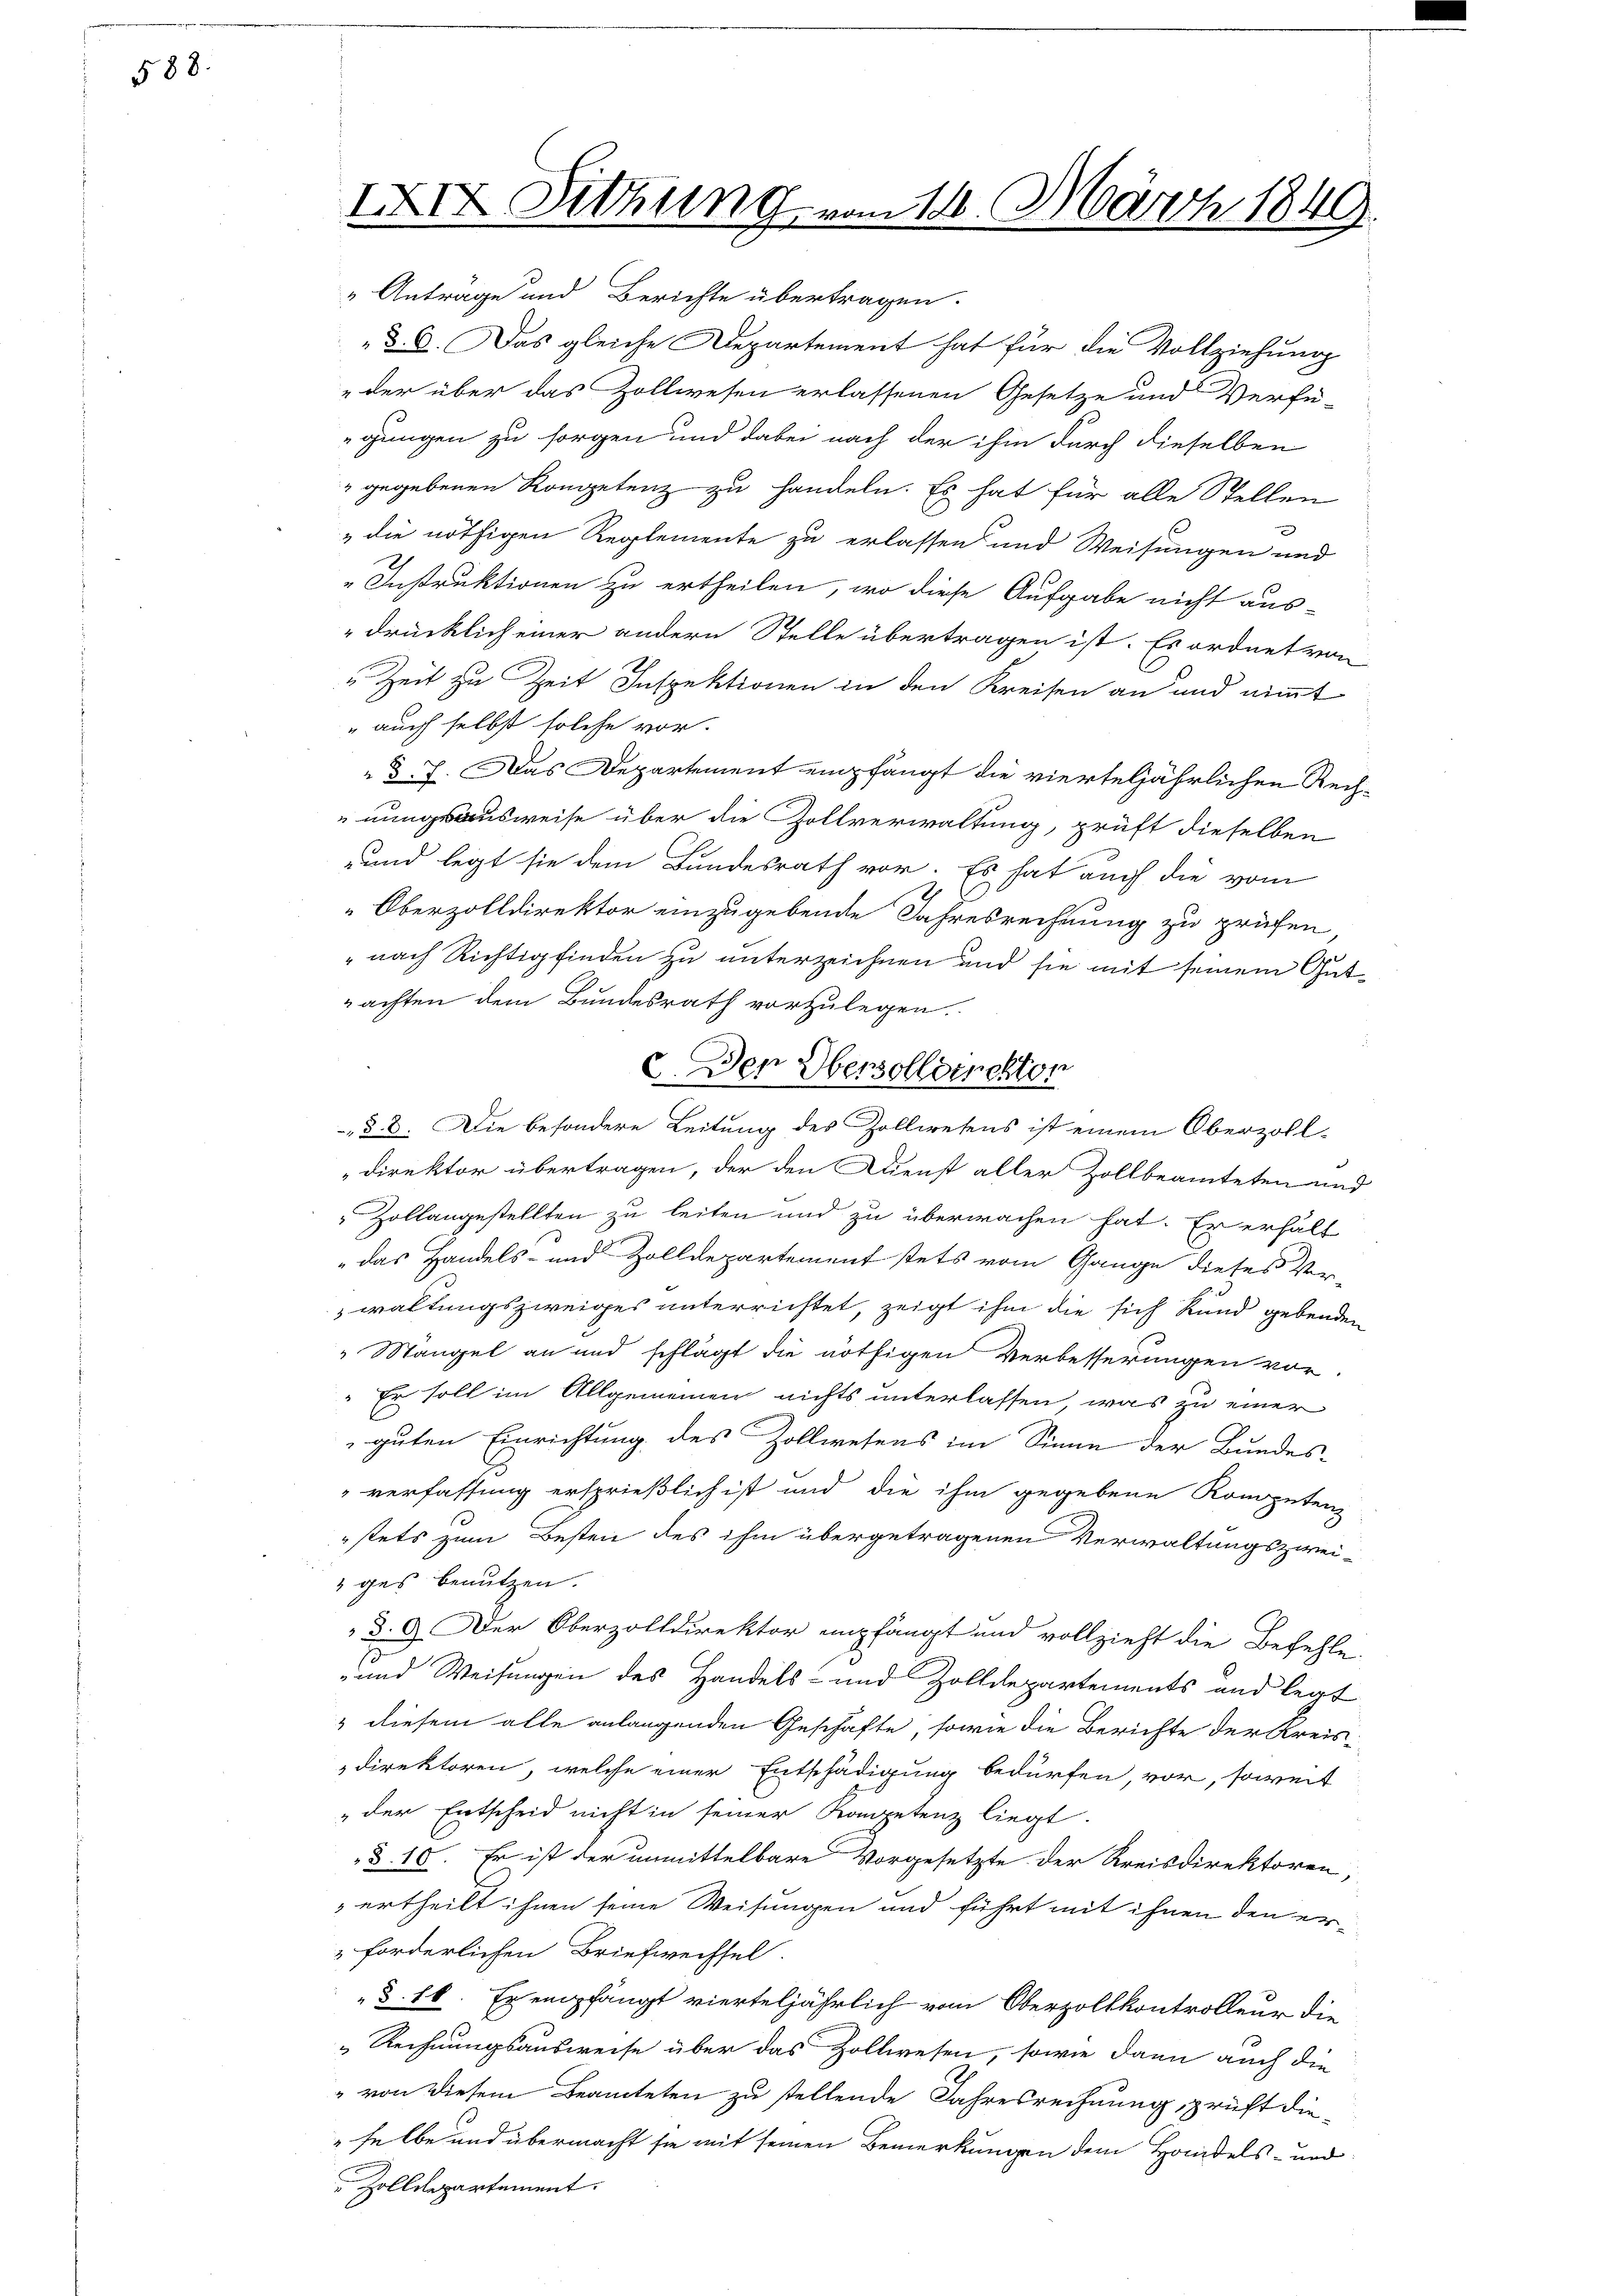
588.

IXIX. Sitzung vom 14. März 1840.

" Antrage und Berichte übertragen.
gungen zu sorgen und dabei nach der ihm durch dieselben
" gegebenen Kompetenz zu handeln. Es hat für alle Stellen
e
„die nöthigen Reglemente zu erlassen und Weisungen und
Instruktionen zu ertheilen, wo diese Aufgabe nicht aus-
drücklich einer andern Stelle übertragen ist. Es ordnet von
" Zeit zu Zeit Inspektionen in den Kreisen an und nimmt
" auch selbst solche vor.
 §. 7. Das Departement empfängt die vierteljährlichen Rechnungsausweise über die Zollverwaltung, prüft dieselben
und legt sie dem Bundesrath vor. Es hat auch die vom
Oberzolldirektor einzugebende Jahresrechnung zu prüfen
" nach Richtig finden zu unterzeichnen und sie mit seinem Gutachten dem Bundesrath vorzulegen.
d
§ 2. Die besondere Leitung des Zollwesens ist einem Oberzoll-
direktor übertragen, der den Dienst aller Zollbeamteten und
 Zollangestellten zu leiten und zu überwachen hat. Er erhält
"das Handels- und Zolldepartement stets vom Gange dieses Verwaltungszweiges unterrichtet, zeigt ihm die sich Rand gebenden
" Mängel an und schlägt die nöthigen Verbesserungen vor-
" Er soll im Allgemeinen nichts unterlassen, was zu einer
guten Einrichtung des Zollwesens im Sinne der Bundes-
"verfassung ersprießlich ist und die ihm gegebene Kompetenz
stets zum Besten des ihm übergetragenen Verwaltungszweiges benutzen.
d. 9. Der Oberzolldirektor empfängt und vollzieht die Befehle-
-und Weisungen des Handels- und Zolldepartements und legt
" diesem alle anlangenden Geschäfte, sowie die Berichte der Kreisdirektoren, welche einer Entschädigung bedürfen, vor, soweit
" der Entscheid nicht in seiner Kompetenz liegt.
§. 10. Er ist der unmittelbare Vorgesetzte der Kreisdirektoren,
 ertheilt ihnen seine Weisungen und führt mit ihnen den erforderlichen Briefwechsel.
§. 16. Er empfängt vierteljährlich vom Oberzollkontrolleur die
Rechnungsausweise über das Zollwesen, sowie dann auch die
" von diesem Beamteten zu stellende Jahresrechnung prüft dieselbe und übermacht sie mit seinen Bemerkungen dem Handels- und
 Zolldepartement.

d. 3. Das gleiche Departement hat für die Vollziehung
"der über das Zollwesen erlassenen Gesetze und Verfü-

2. Der Obersollorrekton